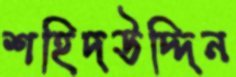
শহিদউদ্দিন